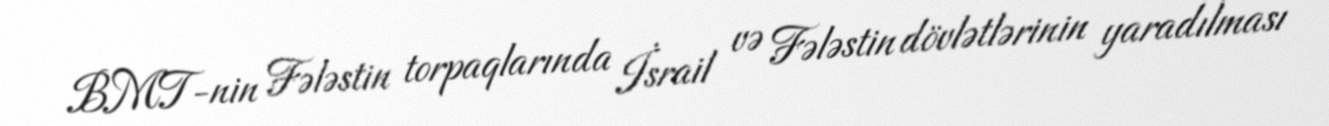
BMT-nin Fələstin torpaqlarında İsrail və Fələstin dövlətlərinin yaradılması